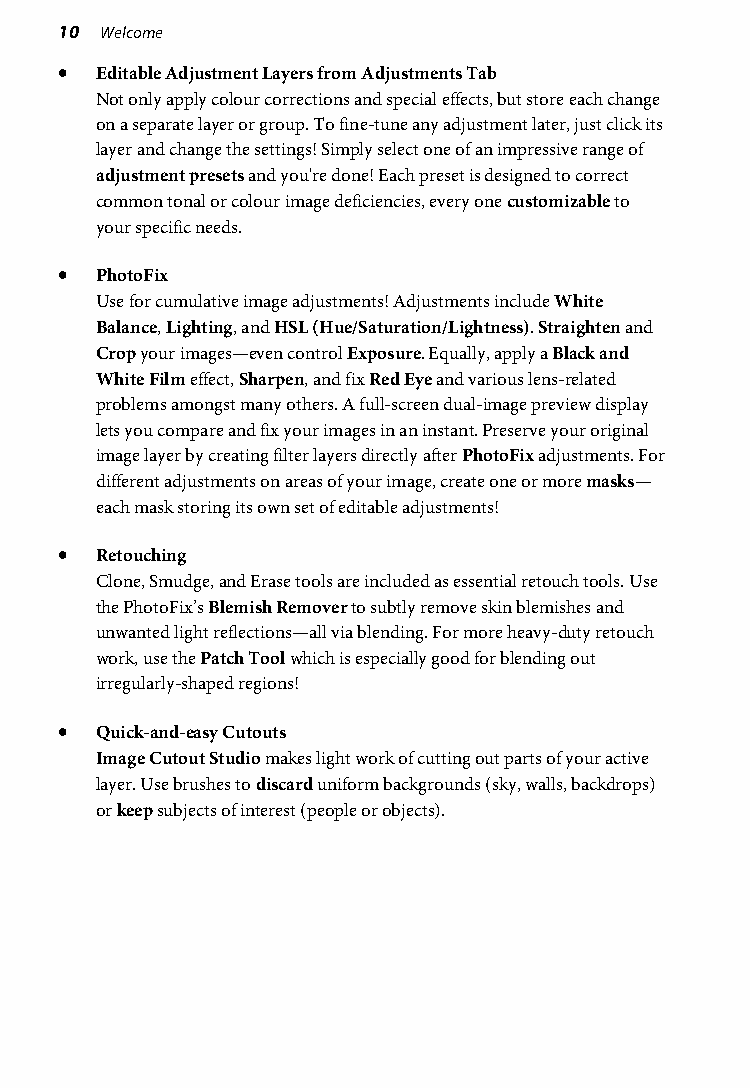
10 Welcome
 • Editable Adjustment Layers from Adjustments Tab
 Not only apply colour corrections and special effects, but store each change
 on a separate layer or group. To fine-tune any adjustment later, just click its
 layer and change the settings! Simply select one of an impressive range of
 adjustment presets and you're done! Each preset is designed to correct
 common tonal or colour image deficiencies, every one customizable to
 your specific needs.
 • PhotoFix
 Use for cumulative image adjustments! Adjustments include White
 Balance, Lighting, and HSL (Hue/Saturation/Lightness). Straighten and
 Crop your images—even control Exposure. Equally, apply a Black and
 White Film effect, Sharpen, and fix Red Eye and various lens-related
 problems amongst many others. A full-screen dual-image preview display
 lets you compare and fix your images in an instant. Preserve your original
 image layer by creating filter layers directly after PhotoFix adjustments. For
 different adjustments on areas of your image, create one or more masks—
 each mask storing its own set of editable adjustments!
 • Retouching
 Clone, Smudge, and Erase tools are included as essential retouch tools. Use
 the PhotoFix’s Blemish Remover to subtly remove skin blemishes and
 unwanted light reflections—all via blending. For more heavy-duty retouch
 work, use the Patch Tool which is especially good for blending out
 irregularly-shaped regions!
 • Quick-and-easy Cutouts
 Image Cutout Studio makes light work of cutting out parts of your active
 layer. Use brushes to discard uniform backgrounds (sky, walls, backdrops)
 or keep subjects of interest (people or objects).